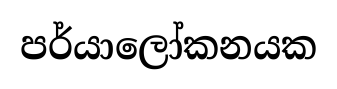
පර්යාලෝකනයක